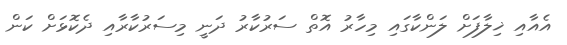
އެއާއި ޚިލާފަށް ލަންކާގައި މިހާރު އޮތް ސަރުކާރު ދަނީ މިސަރުކާރާއި ދެކޮޅަށް ކަން